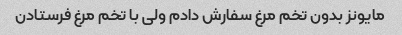
مایونز بدون تخم مرغ سفارش دادم ولی با تخم مرغ فرستادن